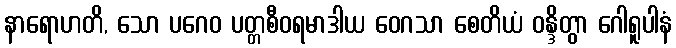
နာရောဟတိ, သော ပဂေဝ ပတ္တစီဝရမာဒါယ ဝေဂသာ စေတိယံ ဝန္ဒိတွာ ဂေါရူပါနံ